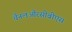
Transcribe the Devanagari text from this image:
चैनलऔरसीबीएस